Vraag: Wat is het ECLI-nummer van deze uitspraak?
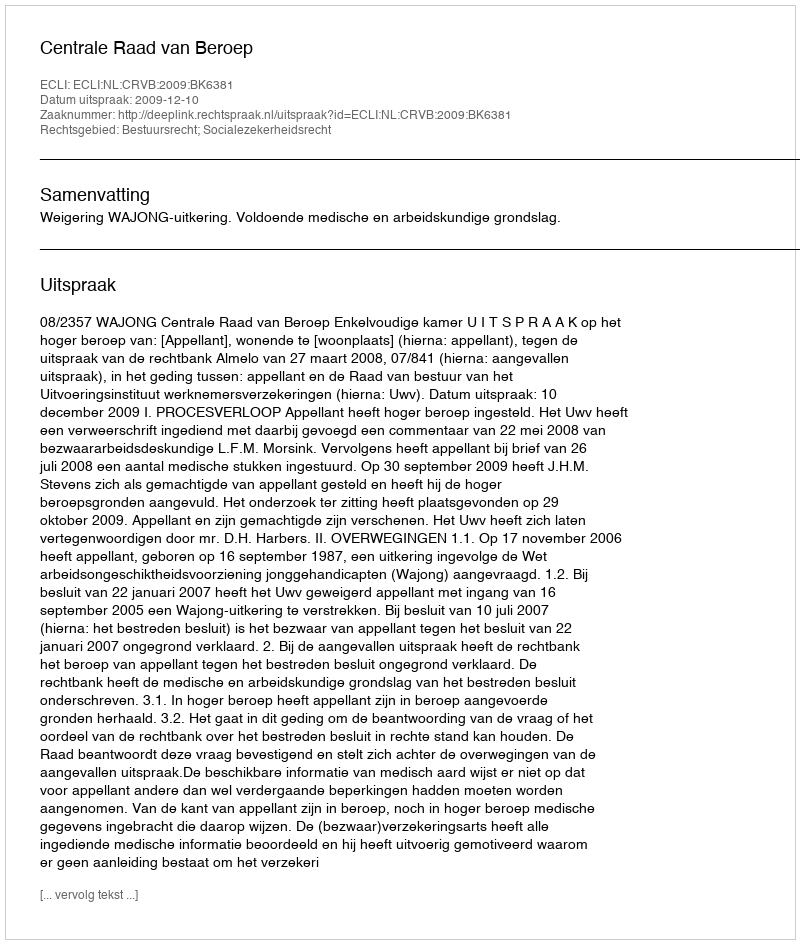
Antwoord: ECLI:NL:CRVB:2009:BK6381